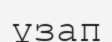
ұзап